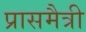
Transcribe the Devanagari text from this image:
प्रासमैत्री